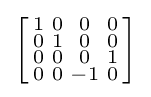
\left[{\begin{smallmatrix}1&0&0&0\\0&1&0&0\\0&0&0&1\\0&0&-1&0\\\end{smallmatrix}}\right]